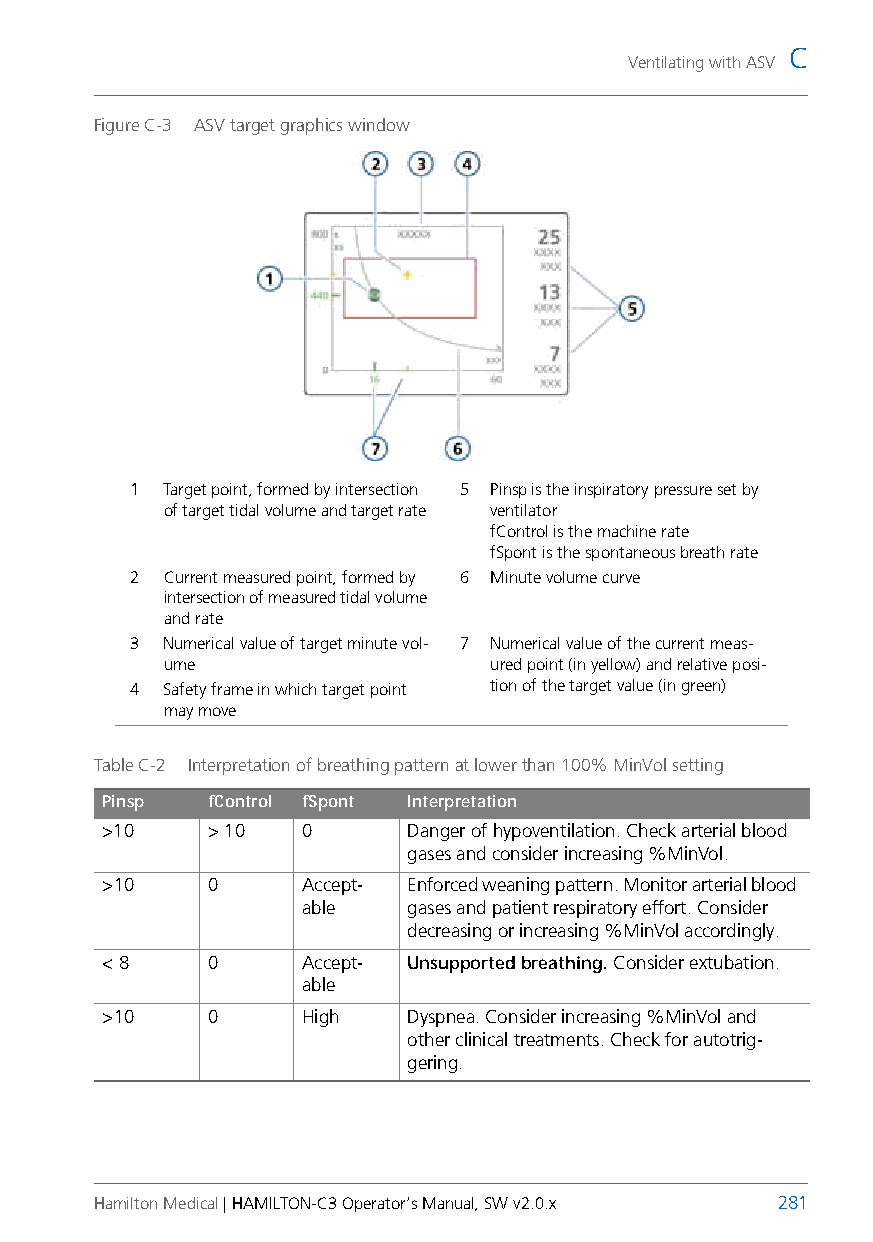
C
 Ventilating with ASV
 Figure C-3 ASV target graphics window
 1 Target point, formed by intersection 5 Pinsp is the inspiratory pressure set by
 of target tidal volume and target rate ventilator
 fControl is the machine rate
 fSpont is the spontaneous breath rate
 2 Current measured point, formed by 6 Minute volume curve
 intersection of measured tidal volume
 and rate
 3 Numerical value of target minute vol- 7 Numerical value of the current meas-
 ume                   ured point (in yellow) and relative posi-
 4 Safety frame in which target point tion of the target value (in green)
 may move
 Table C-2 Interpretation of breathing pattern at lower than 100% MinVol setting
 Pinsp  fControl fSpont Interpretation
 >10    > 10  0      Danger of hypoventilation. Check arterial blood
 gases and consider increasing %MinVol.
 >10    0     Accept- Enforced weaning pattern. Monitor arterial blood
 able   gases and patient respiratory effort. Consider
 decreasing or increasing %MinVol accordingly.
 < 8    0     Accept- Unsupported breathing. Consider extubation.
 able
 >10    0     High   Dyspnea. Consider increasing %MinVol and
 other clinical treatments. Check for autotrig-
 gering.
 Hamilton Medical | HAMILTON-C3 Operator’s Manual, SW v2.0.x 281